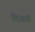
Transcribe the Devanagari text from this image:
मिआनी